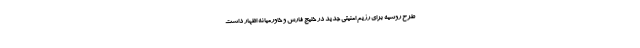
طرح روسیه برای رژیم امنیتی جدید در خلیج فارس و خاورمیانه اظهار داشت